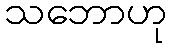
သဘောဟု